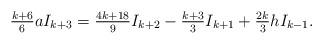
LaTeX: \begin{align*}\textstyle\frac{k+6}{6}aI_{k+3}=\frac{4k+18}{9}I_{k+2}-\frac{k+3}{3}I_{k+1}+\frac{2k}{3}hI_{k-1}.\end{align*}